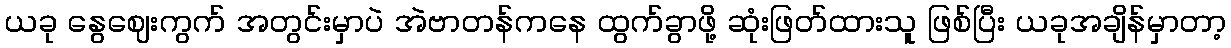
ယခု နွေဈေးကွက် အတွင်းမှာပဲ အဲဗာတန်ကနေ ထွက်ခွာဖို့ ဆုံးဖြတ်ထားသူ ဖြစ်ပြီး ယခုအချိန်မှာတာ့